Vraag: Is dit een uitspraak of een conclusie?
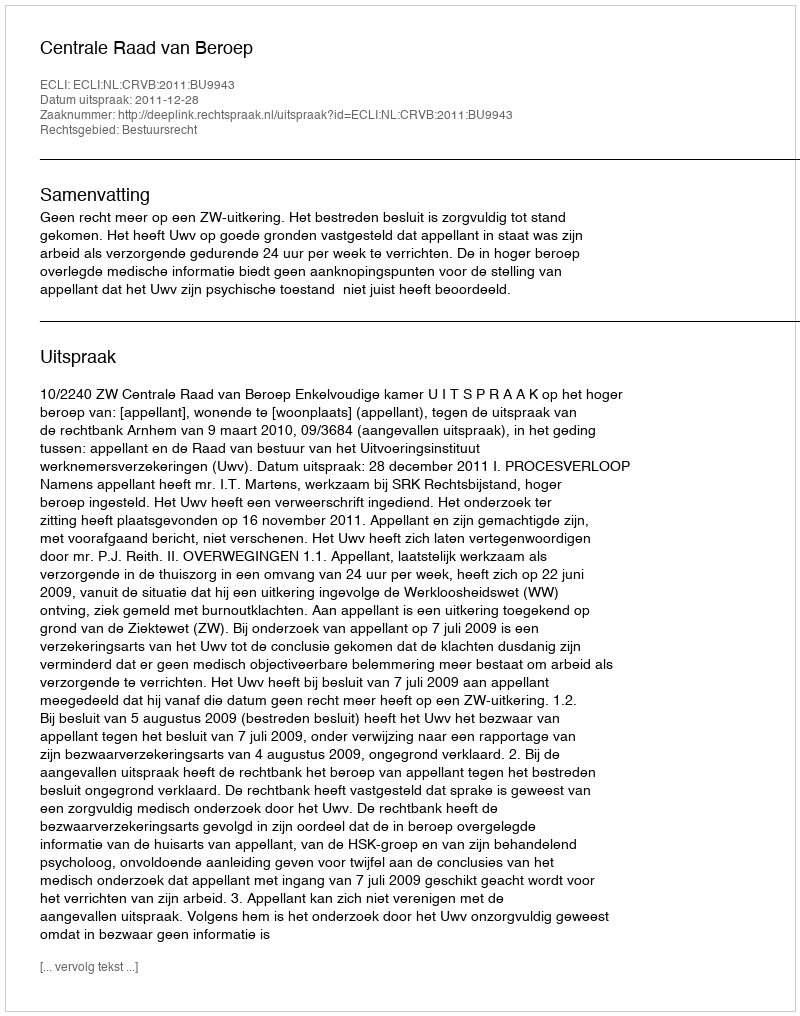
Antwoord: Uitspraak